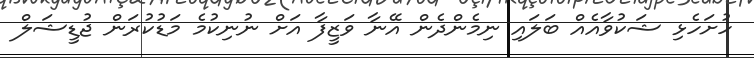
ހުށަހެޅި ޝަކުވާއެއް ބަލައި ނިމެންދެން އޭނާ ވަޒީފާ އަށް ނުނިކުމެ މަޑުކުރަން ޖުޑީޝަލް